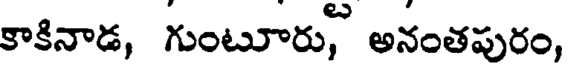
కాకినాడ, గుంటూరు, అనంతపురం,